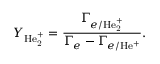
Y _ { \mathrm { H e _ { 2 } ^ { + } } } = \frac { \Gamma _ { e / \mathrm { H e _ { 2 } ^ { + } } } } { \Gamma _ { e } - \Gamma _ { e / \mathrm { H e ^ { + } } } } .